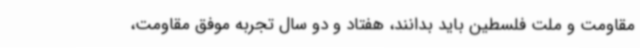
مقاومت و ملت فلسطین باید بدانند، هفتاد و دو سال تجربه موفق مقاومت،